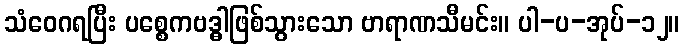
သံဝေဂရပြီး ပစ္စေကဗဒ္ဓါဖြစ်သွားသော ဗာရာဏသီမင်း။ ပါ-ပ-အုပ်-၁၂။